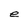
Character: e